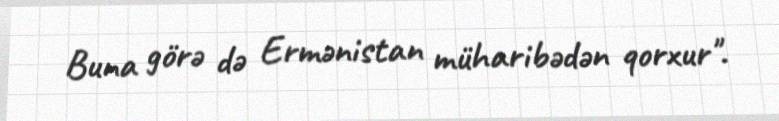
Buna görə də Ermənistan müharibədən qorxur".